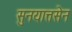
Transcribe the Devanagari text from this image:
सुनयात्तसेन